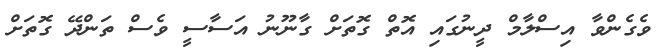
ވެގެންވާ އިސްލާމް ދީނުގައި އޮތް ގޮތަށް ގާނޫނު އަސާސީ ވެސް ތަންދޭ ގޮތަށް